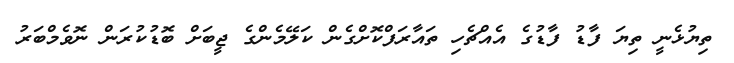
ތިޔުޅެނީ ތިޔަ ފާޑު ފާޑުގެ އެއްޗެހި ތައާރަފްކޮށްގެން ކަލޭމެންގެ ޖީބަށް ބޮޑުކުރަން ނޮވެމްބަރު